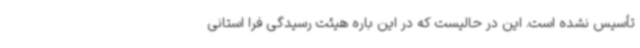
تأسیس نشده است. این در حالیست که در این باره هیئت رسیدگی فرا استانی